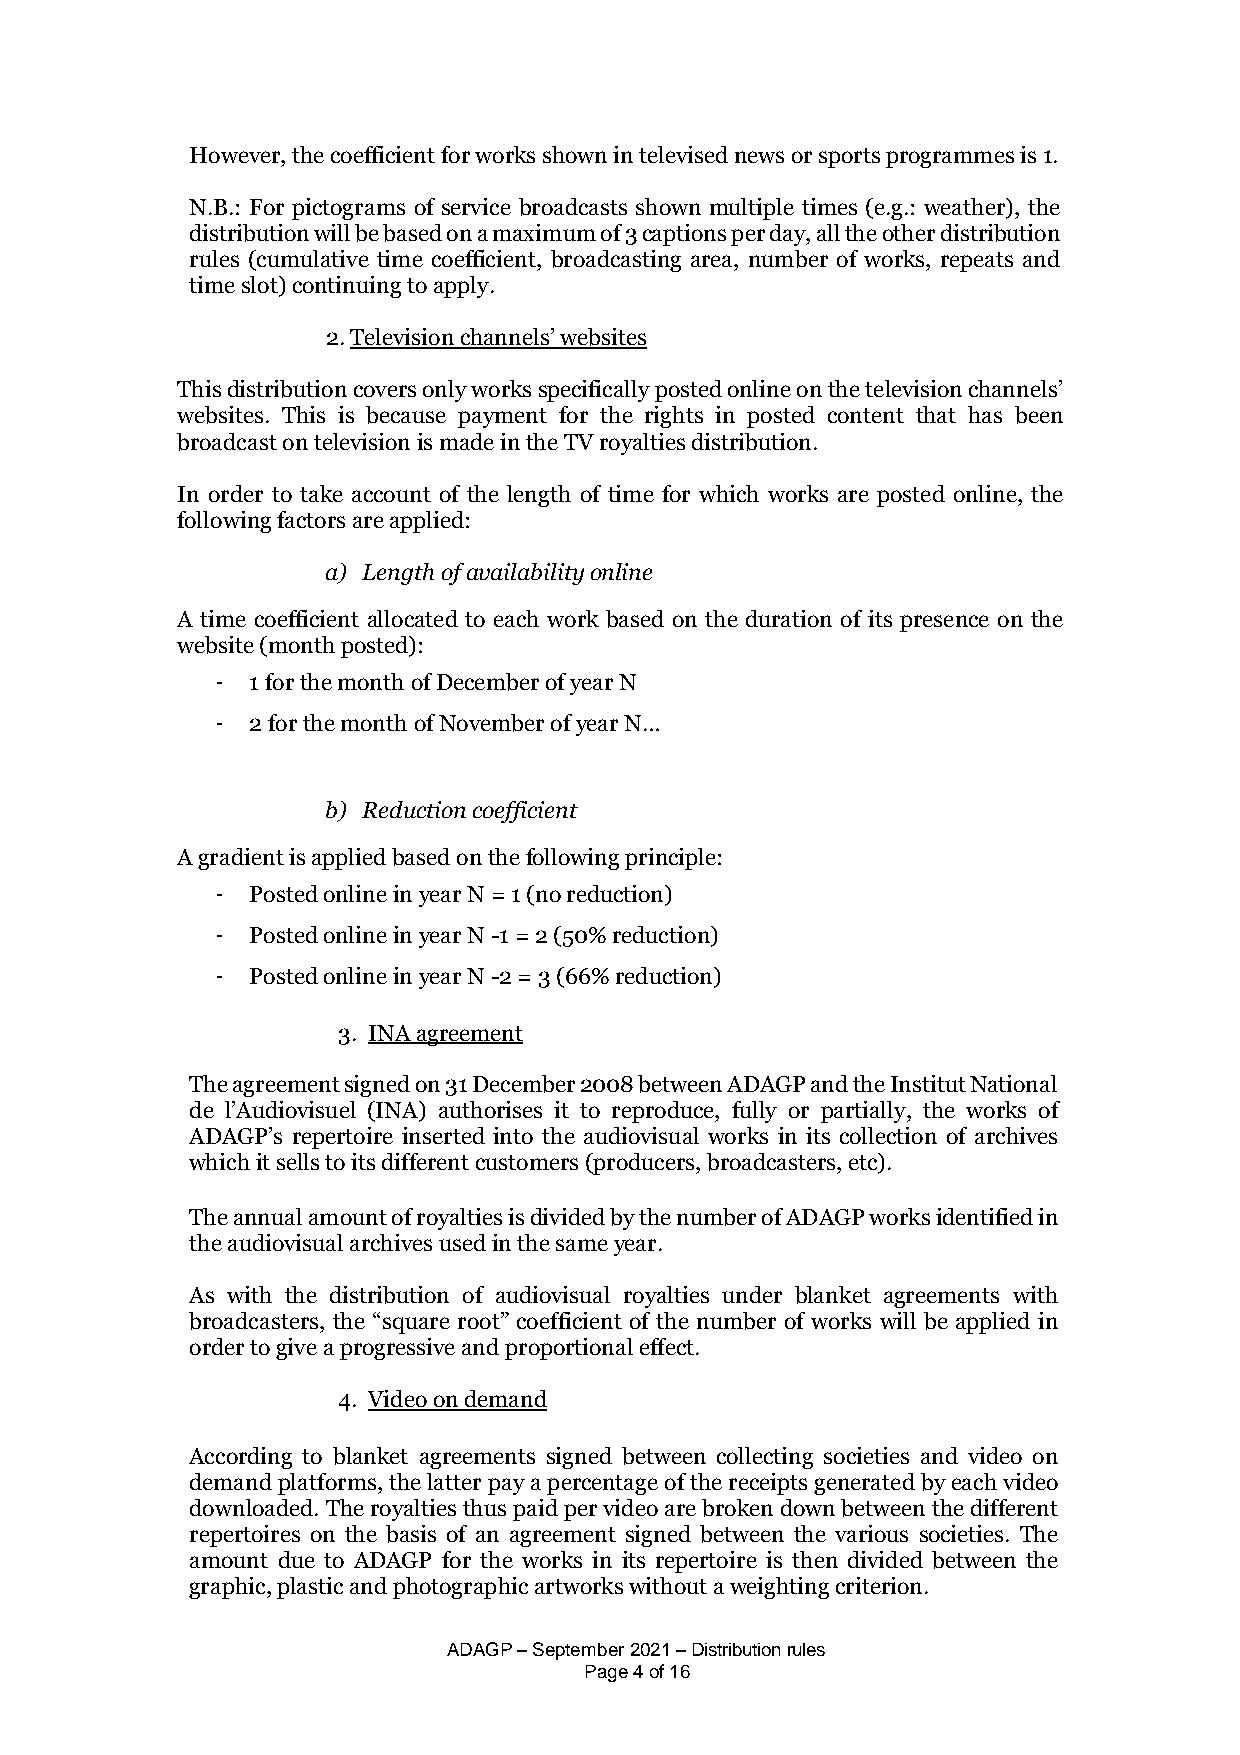
However, the coefficient for works shown in televised news or sports programmes is 1.
 N.B.: For pictograms of service broadcasts shown multiple times (e.g.: weather), the
 distribution will be based on a maximum of 3 captions per day, all the other distribution
 rules (cumulative time coefficient, broadcasting area, number of works, repeats and
 time slot) continuing to apply.
 2. Television channels’ websites
 This distribution covers only works specifically posted online on the television channels’
 websites. This is because payment for the rights in posted content that has been
 broadcast on television is made in the TV royalties distribution.
 In order to take account of the length of time for which works are posted online, the
 following factors are applied:
 a) Length of availability online
 A time coefficient allocated to each work based on the duration of its presence on the
 website (month posted):
 -  1 for the month of December of year N
 -  2 for the month of November of year N…
 b) Reduction coefficient
 A gradient is applied based on the following principle:
 -  Posted online in year N = 1 (no reduction)
 -  Posted online in year N -1 = 2 (50% reduction)
 -  Posted online in year N -2 = 3 (66% reduction)
 3. INA agreement
 The agreement signed on 31 December 2008 between ADAGP and the Institut National
 de l’Audiovisuel (INA) authorises it to reproduce, fully or partially, the works of
 ADAGP’s repertoire inserted into the audiovisual works in its collection of archives
 which it sells to its different customers (producers, broadcasters, etc).
 The annual amount of royalties is divided by the number of ADAGP works identified in
 the audiovisual archives used in the same year.
 As with the distribution of audiovisual royalties under blanket agreements with
 broadcasters, the “square root” coefficient of the number of works will be applied in
 order to give a progressive and proportional effect.
 4. Video on demand
 According to blanket agreements signed between collecting societies and video on
 demand platforms, the latter pay a percentage of the receipts generated by each video
 downloaded. The royalties thus paid per video are broken down between the different
 repertoires on the basis of an agreement signed between the various societies. The
 amount due to ADAGP for the works in its repertoire is then divided between the
 graphic, plastic and photographic artworks without a weighting criterion.
 ADAGP – September 2021 – Distribution rules
 Page 4 of 16